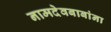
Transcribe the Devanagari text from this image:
नामदेवबाबांना